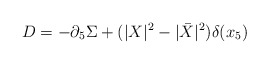
\begin{align*}D = -\partial_5 \Sigma + (|X|^2 - |\bar{X}|^2) \delta(x_5)\end{align*}